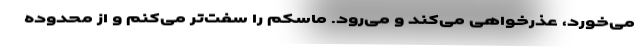
می‌خورد، عذرخواهی می‌کند و می‌رود. ماسکم را سفت‌تر می‌کنم و از محدوده